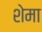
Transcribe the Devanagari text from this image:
शेमा